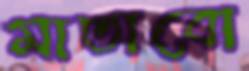
মাতাবো